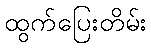
ထွက်ပြေးတိမ်း